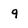
Character: q